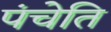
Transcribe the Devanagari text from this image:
पंचेति